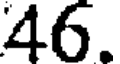
46.